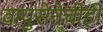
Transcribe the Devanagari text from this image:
वायुसेनेचीही